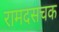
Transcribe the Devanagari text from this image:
रामदसचक